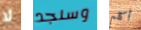
لا وسنجد أكلم